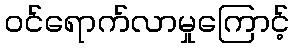
ဝင်ရောက်လာမှုကြောင့်